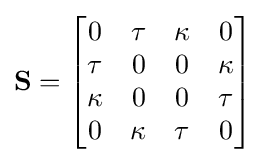
\mathbf {S} ={\begin{bmatrix}0&\tau &\kappa &0\\\tau &0&0&\kappa \\\kappa &0&0&\tau \\0&\kappa &\tau &0\end{bmatrix}}